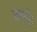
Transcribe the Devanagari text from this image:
जमती।